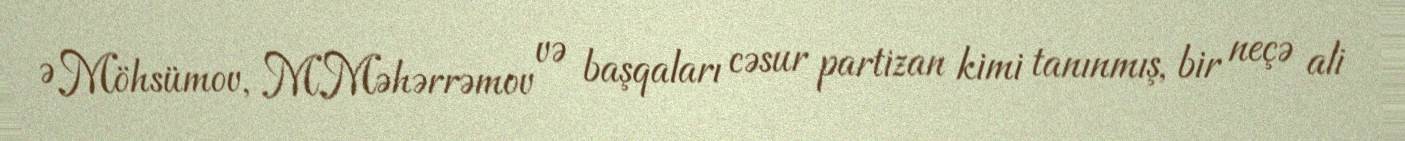
Ə.Möhsümov, M.Məhərrəmov və başqaları cəsur partizan kimi tanınmış, bir neçə ali